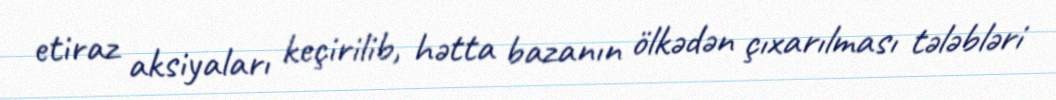
etiraz aksiyaları keçirilib, hətta bazanın ölkədən çıxarılması tələbləri